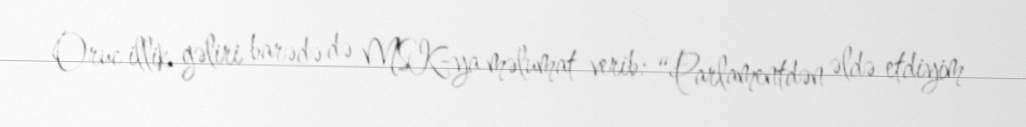
Oruc illik gəliri barədə də MSK-ya məlumat verib: “Parlamentdən əldə etdiyim